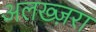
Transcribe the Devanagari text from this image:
अलख्ज़रा